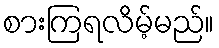
စားကြရလိမ့်မည်။